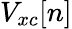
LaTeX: V_{xc}[n]